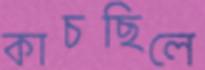
কাচছিলে